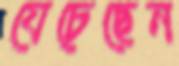
যেচেছেন